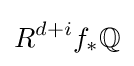
R^{d+i}f_{*}\mathbb {Q}